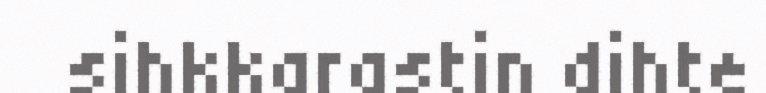
sihkkarastin dihte